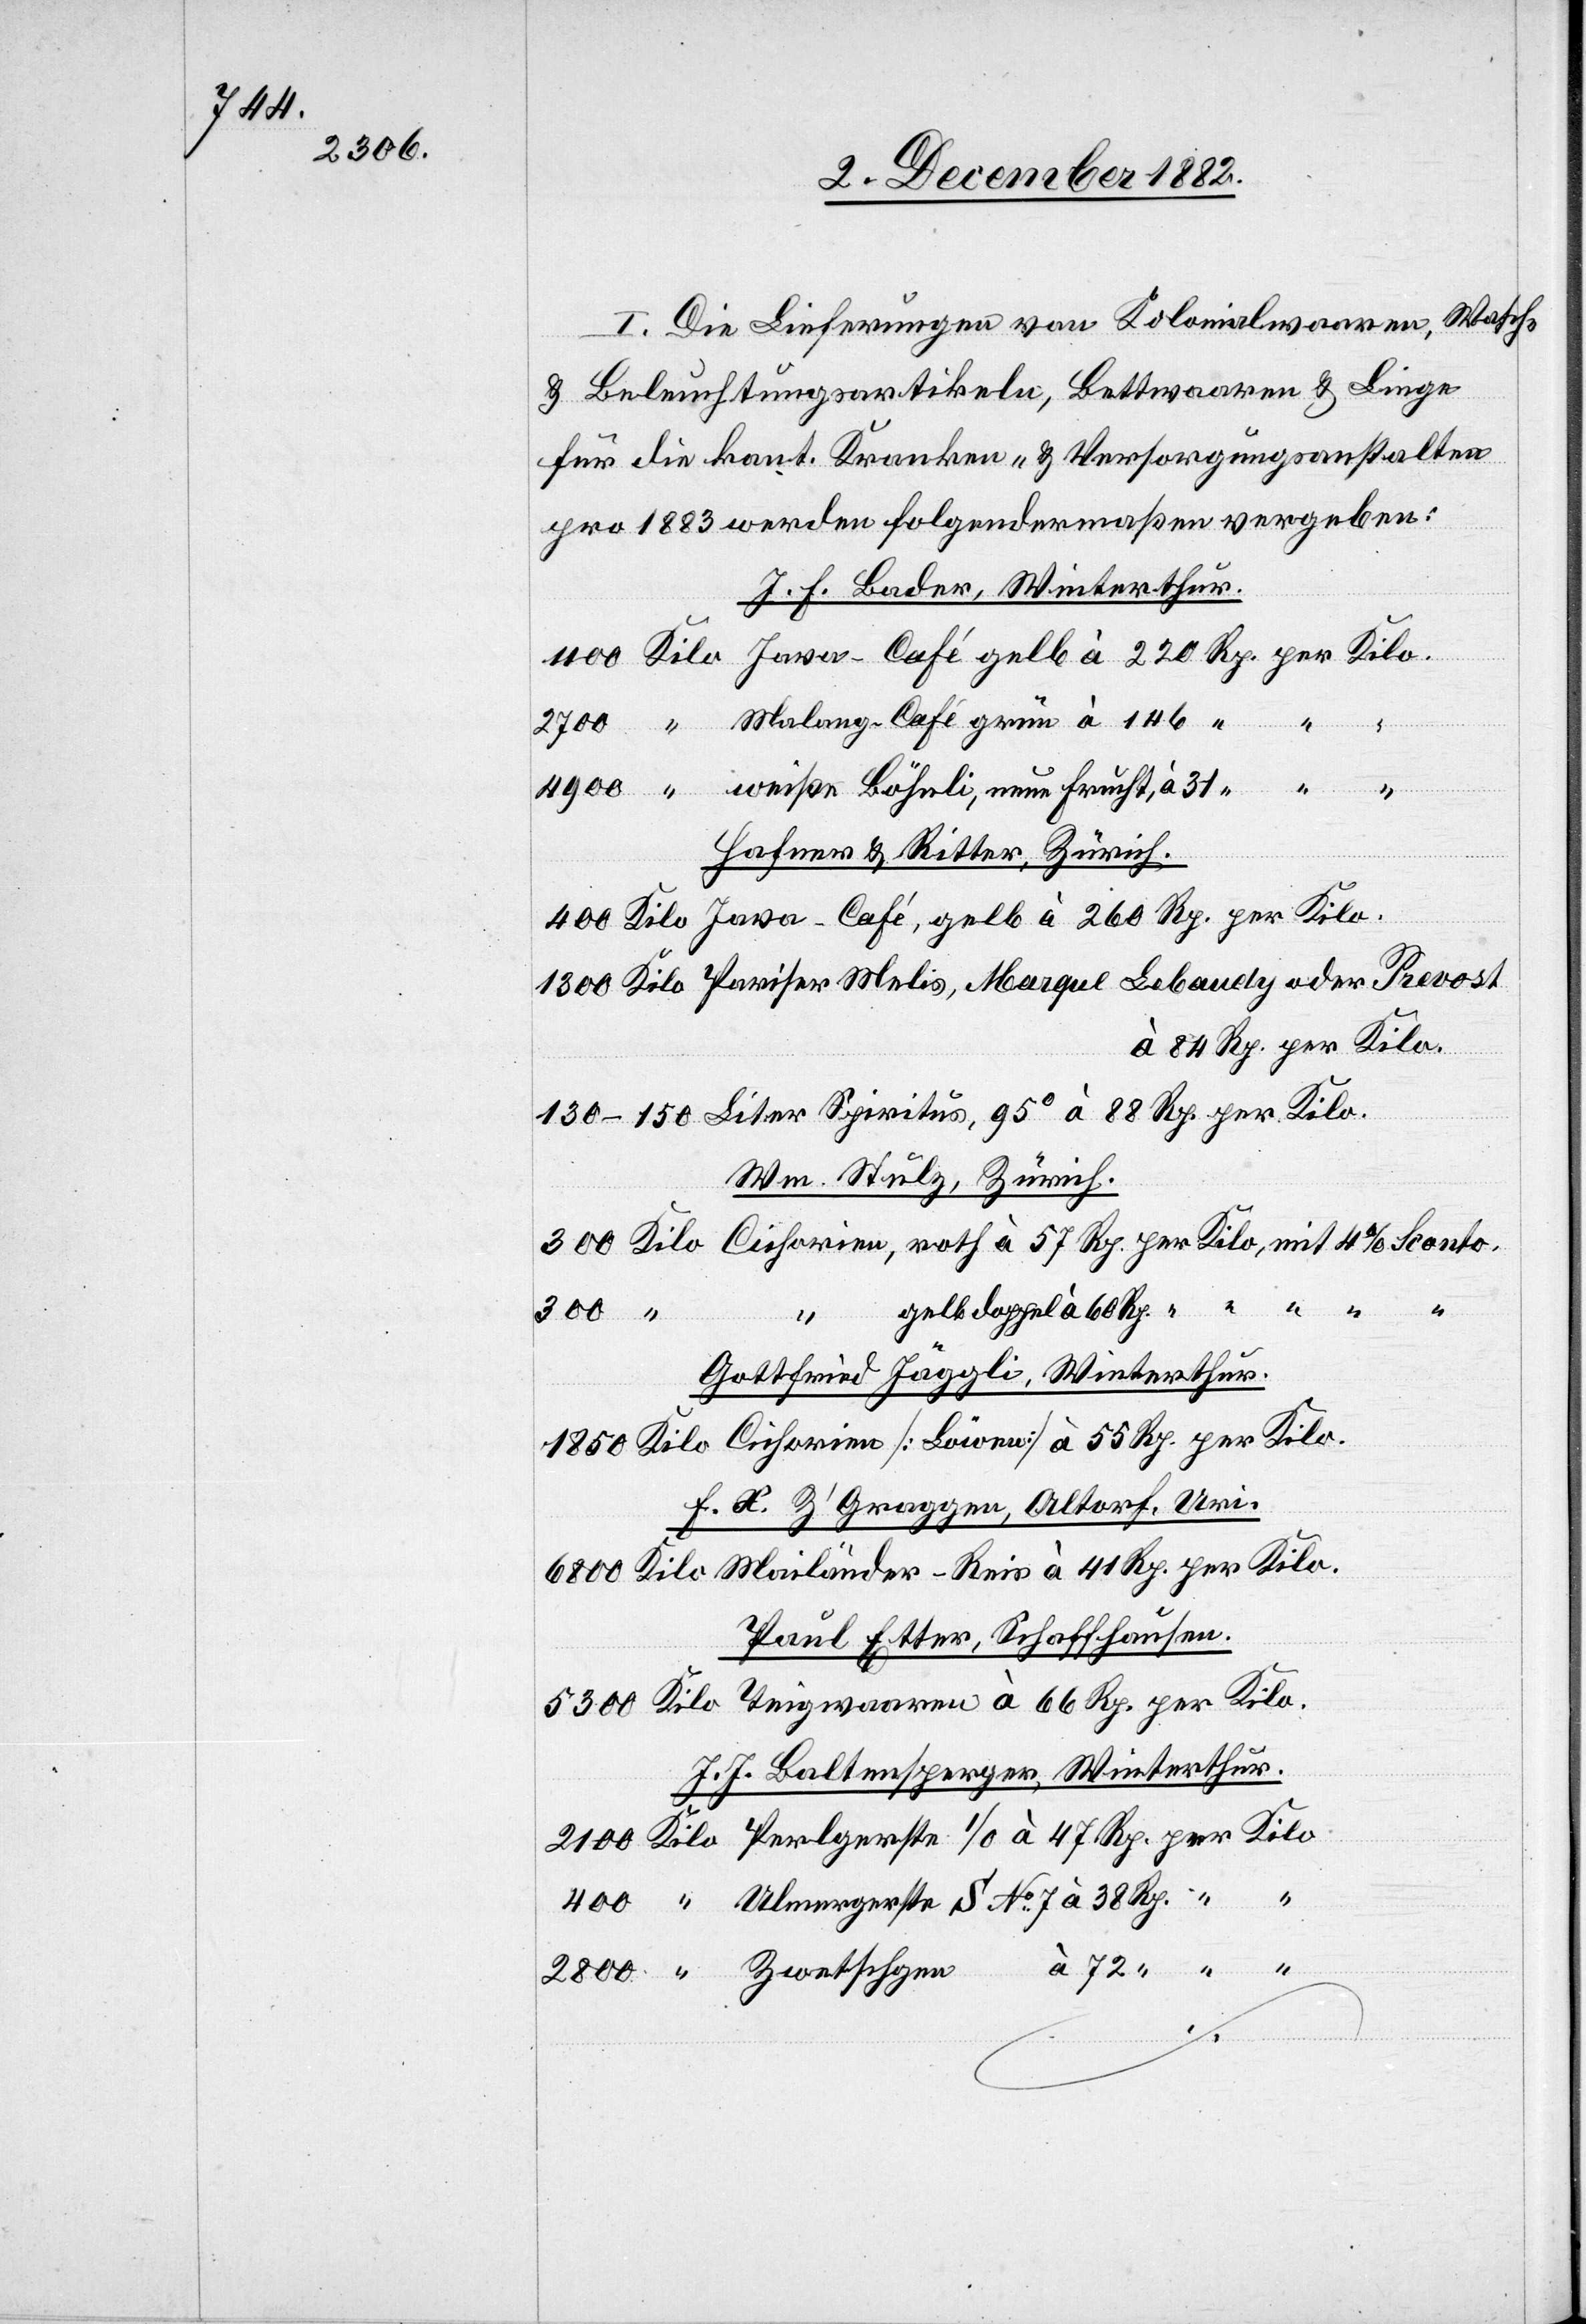
I. Die Lieferungen von Kolonialwaaren, Wasch-
& Beleuchtungsartikeln, Bettwaaren & Linge
für die kant. Kranken- & Versorgungsanstalten
pro 1883 werden folgendermaßen vergeben:
J. F. Bader, Winterthur.
“
Malang-Café grün à 146
Ulmergerste
Hafner & Ritter, Zürich.
à 88 Rp. per Kilo.
Wm. Stulz, Zürich.
No 7
38
“ gelb doppel à 60
400
Gottfried Jäggli, Winterthur.
F. X. Z’Graggen, Altorf, Uri.
Paul Etter, Schaffhausen.
J. J. Baltensperger, Winterthur.
72